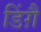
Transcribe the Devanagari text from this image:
डिंग़ै